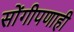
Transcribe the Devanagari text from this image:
सोंगीपणाही